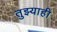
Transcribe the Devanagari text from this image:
तुझ्याही